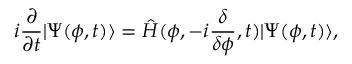
i \frac { \partial } { \partial t } \vert \Psi ( \phi , t ) \rangle = \hat { H } ( \phi , - i \frac { \delta } { \delta \phi } , t ) \vert \Psi ( \phi , t ) \rangle ,